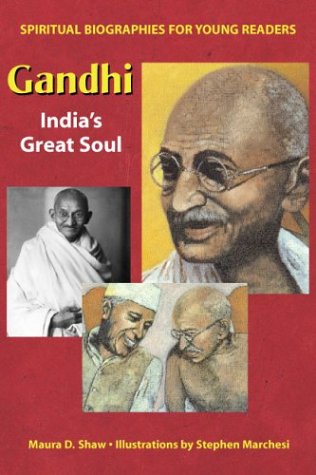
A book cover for Gandhi: India's Great Soul (Spiritual Biographies for Young Readers); Maura D. Shaw; Religion & Spirituality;